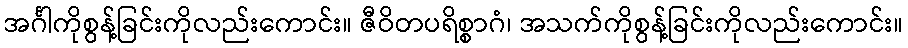
အင်္ဂါကိုစွန့်ခြင်းကိုလည်းကောင်း။ ဇီဝိတပရိစ္စာဂံ၊ အသက်ကိုစွန့်ခြင်းကိုလည်းကောင်း။